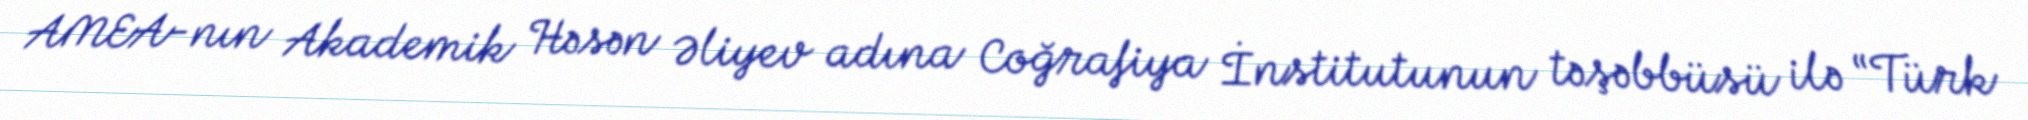
AMEA-nın Akademik Həsən Əliyev adına Coğrafiya İnstitutunun təşəbbüsü ilə “Türk